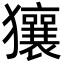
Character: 獽